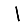
Digit: 1